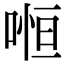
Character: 𠷐